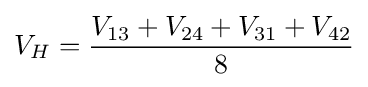
V_{H}={\frac {V_{13}+V_{24}+V_{31}+V_{42}}{8}}